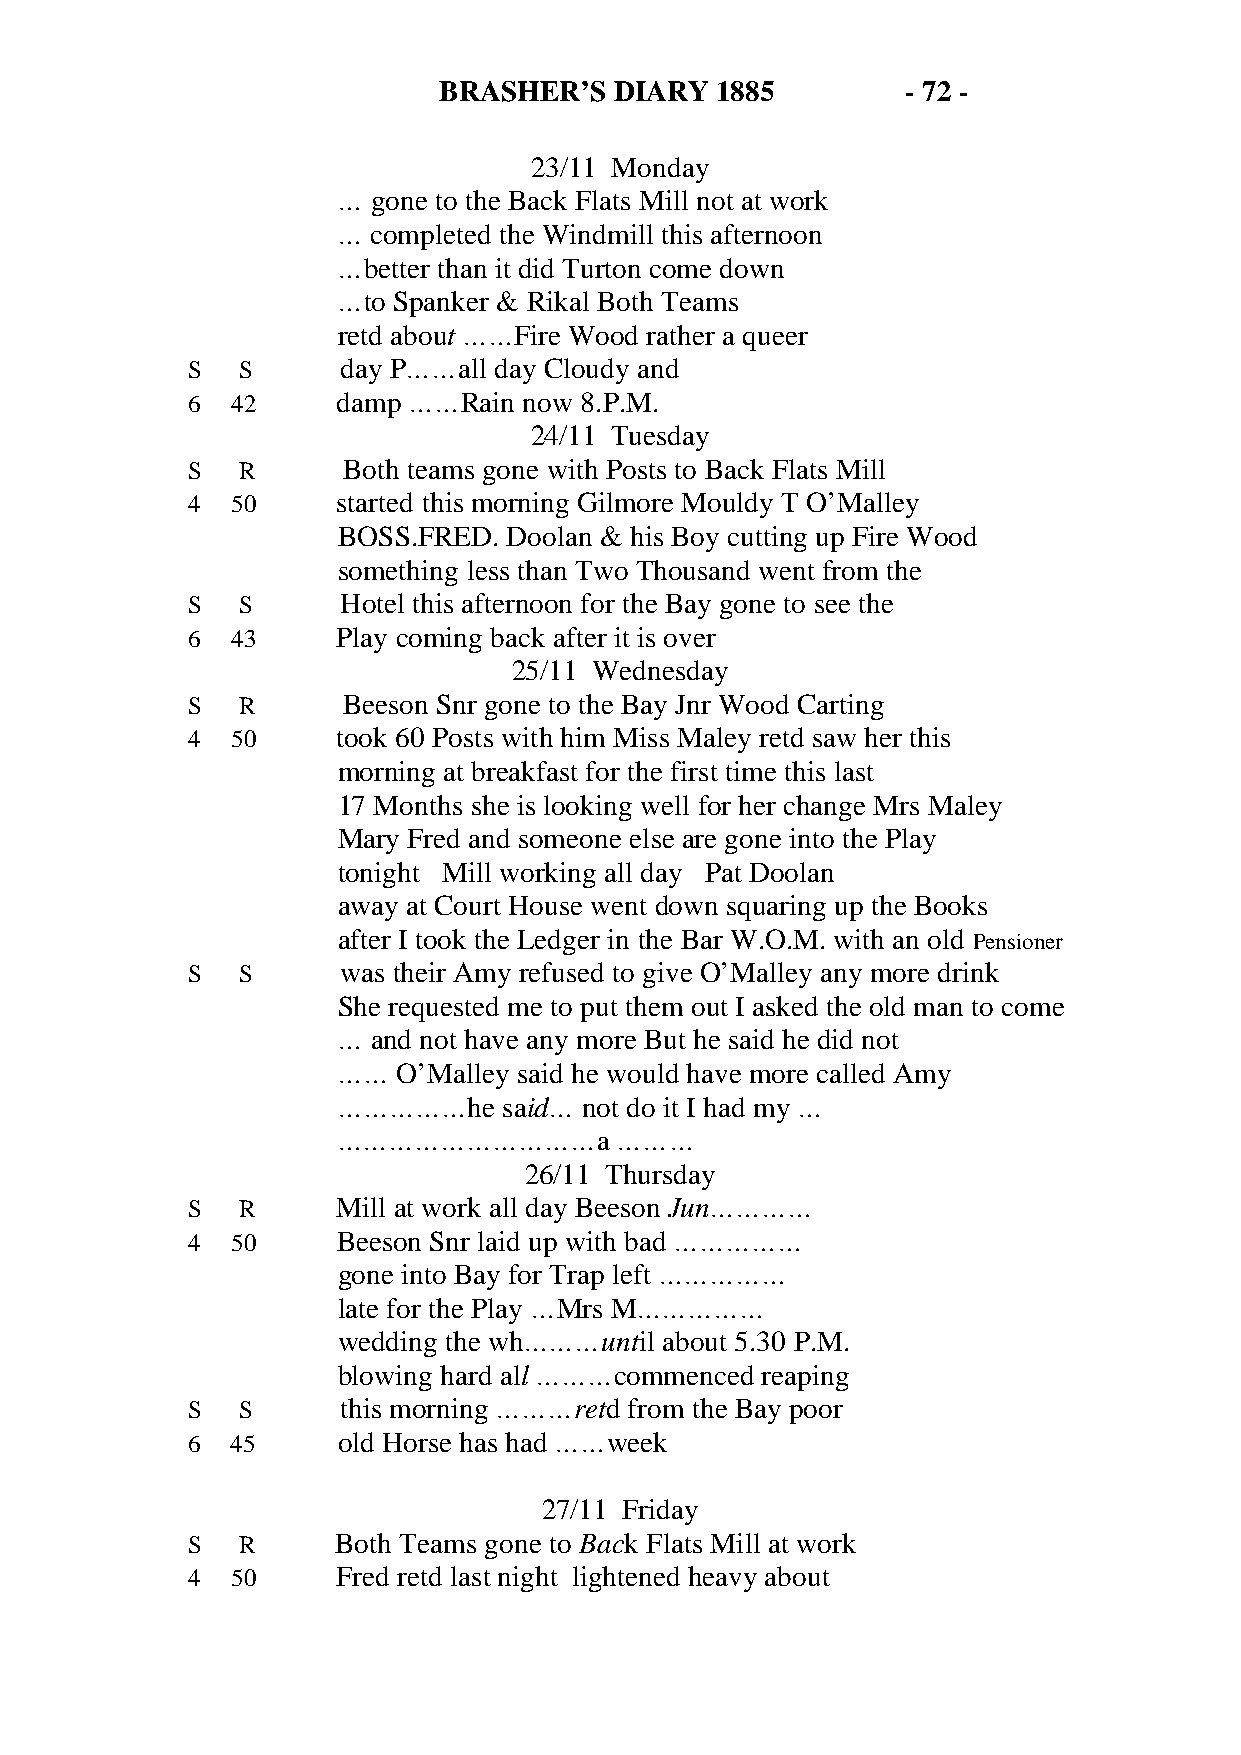
BRASHER’S   DIARY 1885         - 72 -
 23/11 Monday
 …  gone to the Back Flats Mill not at work
 …  completed the Windmill this afternoon
 …better than it did Turton come down
 …to Spanker & Rikal Both Teams
 retd about ……Fire Wood rather a queer
 S   S      day P……all day Cloudy and
 6  42     damp ……Rain  now 8.P.M.
 24/11 Tuesday
 S   R      Both teams gone with Posts to Back Flats Mill
 4  50     started this morning Gilmore Mouldy T O’Malley
 BOSS.FRED.  Doolan & his Boy cutting up Fire Wood
 something less than Two Thousand went from the
 S   S      Hotel this afternoon for the Bay gone to see the
 6  43     Play coming back after it is over
 25/11 Wednesday
 S   R      Beeson Snr gone to the Bay Jnr Wood Carting
 4  50     took 60 Posts with him Miss Maley retd saw her this
 morning at breakfast for the first time this last
 17 Months she is looking well for her change Mrs Maley
 Mary Fred and someone else are gone into the Play
 tonight Mill working all day Pat Doolan
 away at Court House went down squaring up the Books
 after I took the Ledger in the Bar W.O.M. with an old Pensioner
 S   S      was their Amy refused to give O’Malley any more drink
 She requested me to put them out I asked the old man to come
 …  and not have any more But he said he did not
 ……  O’Malley said he would have more called Amy
 ……………he    said… not do it I had my …
 …………………………a        ………
 26/11 Thursday
 S   R     Mill at work all day Beeson Jun…………
 4  50     Beeson Snr laid up with bad ……………
 gone into Bay for Trap left ……………
 late for the Play …Mrs M……………
 wedding the wh………until about 5.30 P.M.
 blowing hard all ………commenced reaping
 S   S      this morning ………retd from the Bay poor
 6  45     old Horse has had ……week
 27/11 Friday
 S   R     Both Teams gone to Back Flats Mill at work
 4  50     Fred retd last night lightened heavy about